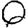
Digit: 0